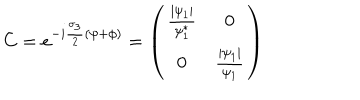
C = e ^ { - i \frac { \sigma _ { 3 } } { 2 } ( \psi + \phi ) } = \left( \begin{matrix} { { \frac { \mid \psi _ { 1 } \mid } { \psi _ { 1 } ^ { * } } } } & { { 0 } } \\ { { 0 } } & { { \frac { \mid \psi _ { 1 } \mid } { \psi _ { 1 } } } } \\ \end{matrix} \right)